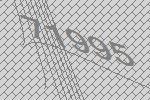
71995